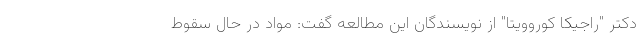
دکتر "راجیکا کوروویتا" از نویسندگان این مطالعه گفت: مواد در حال سقوط